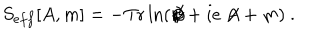
S _ { e f f } [ A , m ] = - \mathrm { T r } \ln ( \not { \! \partial } + i e \not { \! \! A } + m ) \ .